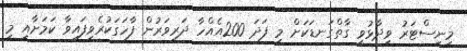
މިނިސްޓަރު ވިދާޅުވީ ގާތްގަނޑަކަށް މި ފަދަ 200އެއްހާ ދަރިވަރުން ފާހަގަކުރެވިފައިވާ ކަމަށާއި މި